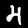
Digit: 4